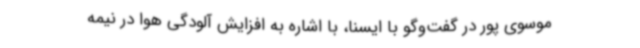
موسوی پور در گفت‌وگو با ایسنا، با اشاره به افزایش آلودگی هوا در نیمه